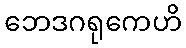
ဘေဒဂရုကေဟိ